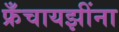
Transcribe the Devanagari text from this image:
फ्रँचायझींना